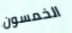
الخمسون